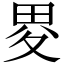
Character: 畟